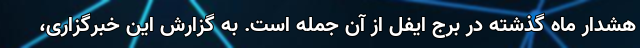
هشدار ماه گذشته در برج ایفل از آن جمله است. به گزارش این خبرگزاری،